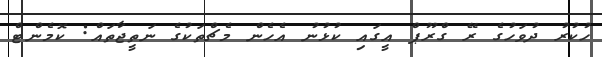
ހުކުރު ދުވަހުގެ ރޭ ގްރޫޕް އީގައި ކުޅުނު އެހެން މެޗްތަކުގެ ނަތީޖާތައް: ކޮމެންޓް